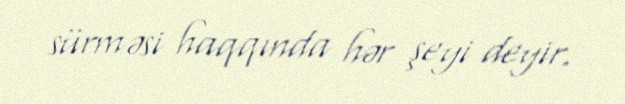
sürməsi haqqında hər şeyi deyir.